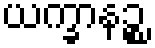
ယက္ခာနဉ္စ